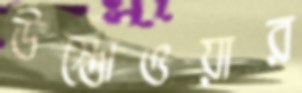
উস্তোওয়ার